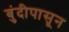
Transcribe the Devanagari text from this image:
बुंदीपासून